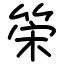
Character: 筞